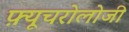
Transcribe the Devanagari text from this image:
फ़्यूचरोलोजी